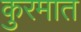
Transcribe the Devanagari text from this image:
कुरमात